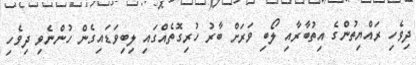
ދިވެހި ރައްޔިތުންގެ އިތުބާރާއި ލޯބި ވަރަށް ބާރު ހުރިގޮތެއްގައި ލިބިވަޑައިގެން ހުންނެވި ދިވެހި